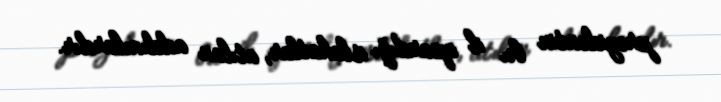
prezidentin bu il apardığı islahatlar, atılan addımlardır.